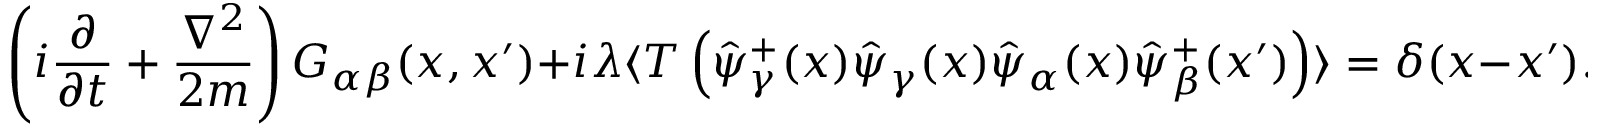
\left( i \frac { \partial } { \partial t } + \frac { \nabla ^ { 2 } } { 2 m } \right) G _ { \alpha \beta } ( x , x ^ { \prime } ) + i \lambda \langle T \left( \hat { \psi } _ { \gamma } ^ { + } ( x ) \hat { \psi } _ { \gamma } ( x ) \hat { \psi } _ { \alpha } ( x ) \hat { \psi } _ { \beta } ^ { + } ( x ^ { \prime } ) \right) \rangle = \delta ( x - x ^ { \prime } ) .